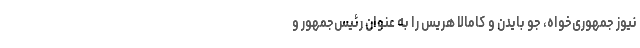
نیوز جمهوری‌خواه، جو بایدن و کامالا هریس را به عنوان رئیس‌جمهور و